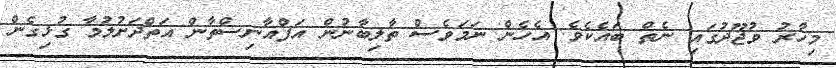
މިހާރު ވުޖޫދުގައި ނެތް ބައެކެވެ. އެހެން ނަމަވެސް ތާލިބާނުން އަފްޣާނިސްތާން އަތްދަށުލުމާ ގުޅިގެން